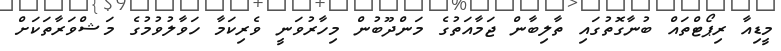
މީޑިއާ ރިޕޯޓްތައް ބުނާގޮތުގައި ތާލިބާން ޖަމާއަތުގެ މަންދޫބުން މިހާރުވަނީ ވެރިކަމާ ހަވާލުވުމުގެ މަޝްވަރާތަކަށް